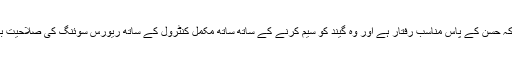
آفریدی نے کہا کہ حسن کے پاس مناسب رفتار ہے اور وہ گیند کو سیم کرنے کے ساتھ ساتھ مکمل کنٹرول کے ساتھ ریورس سوئنگ کی صلاحیت بھی رکھتے ہیں۔